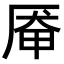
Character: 厣